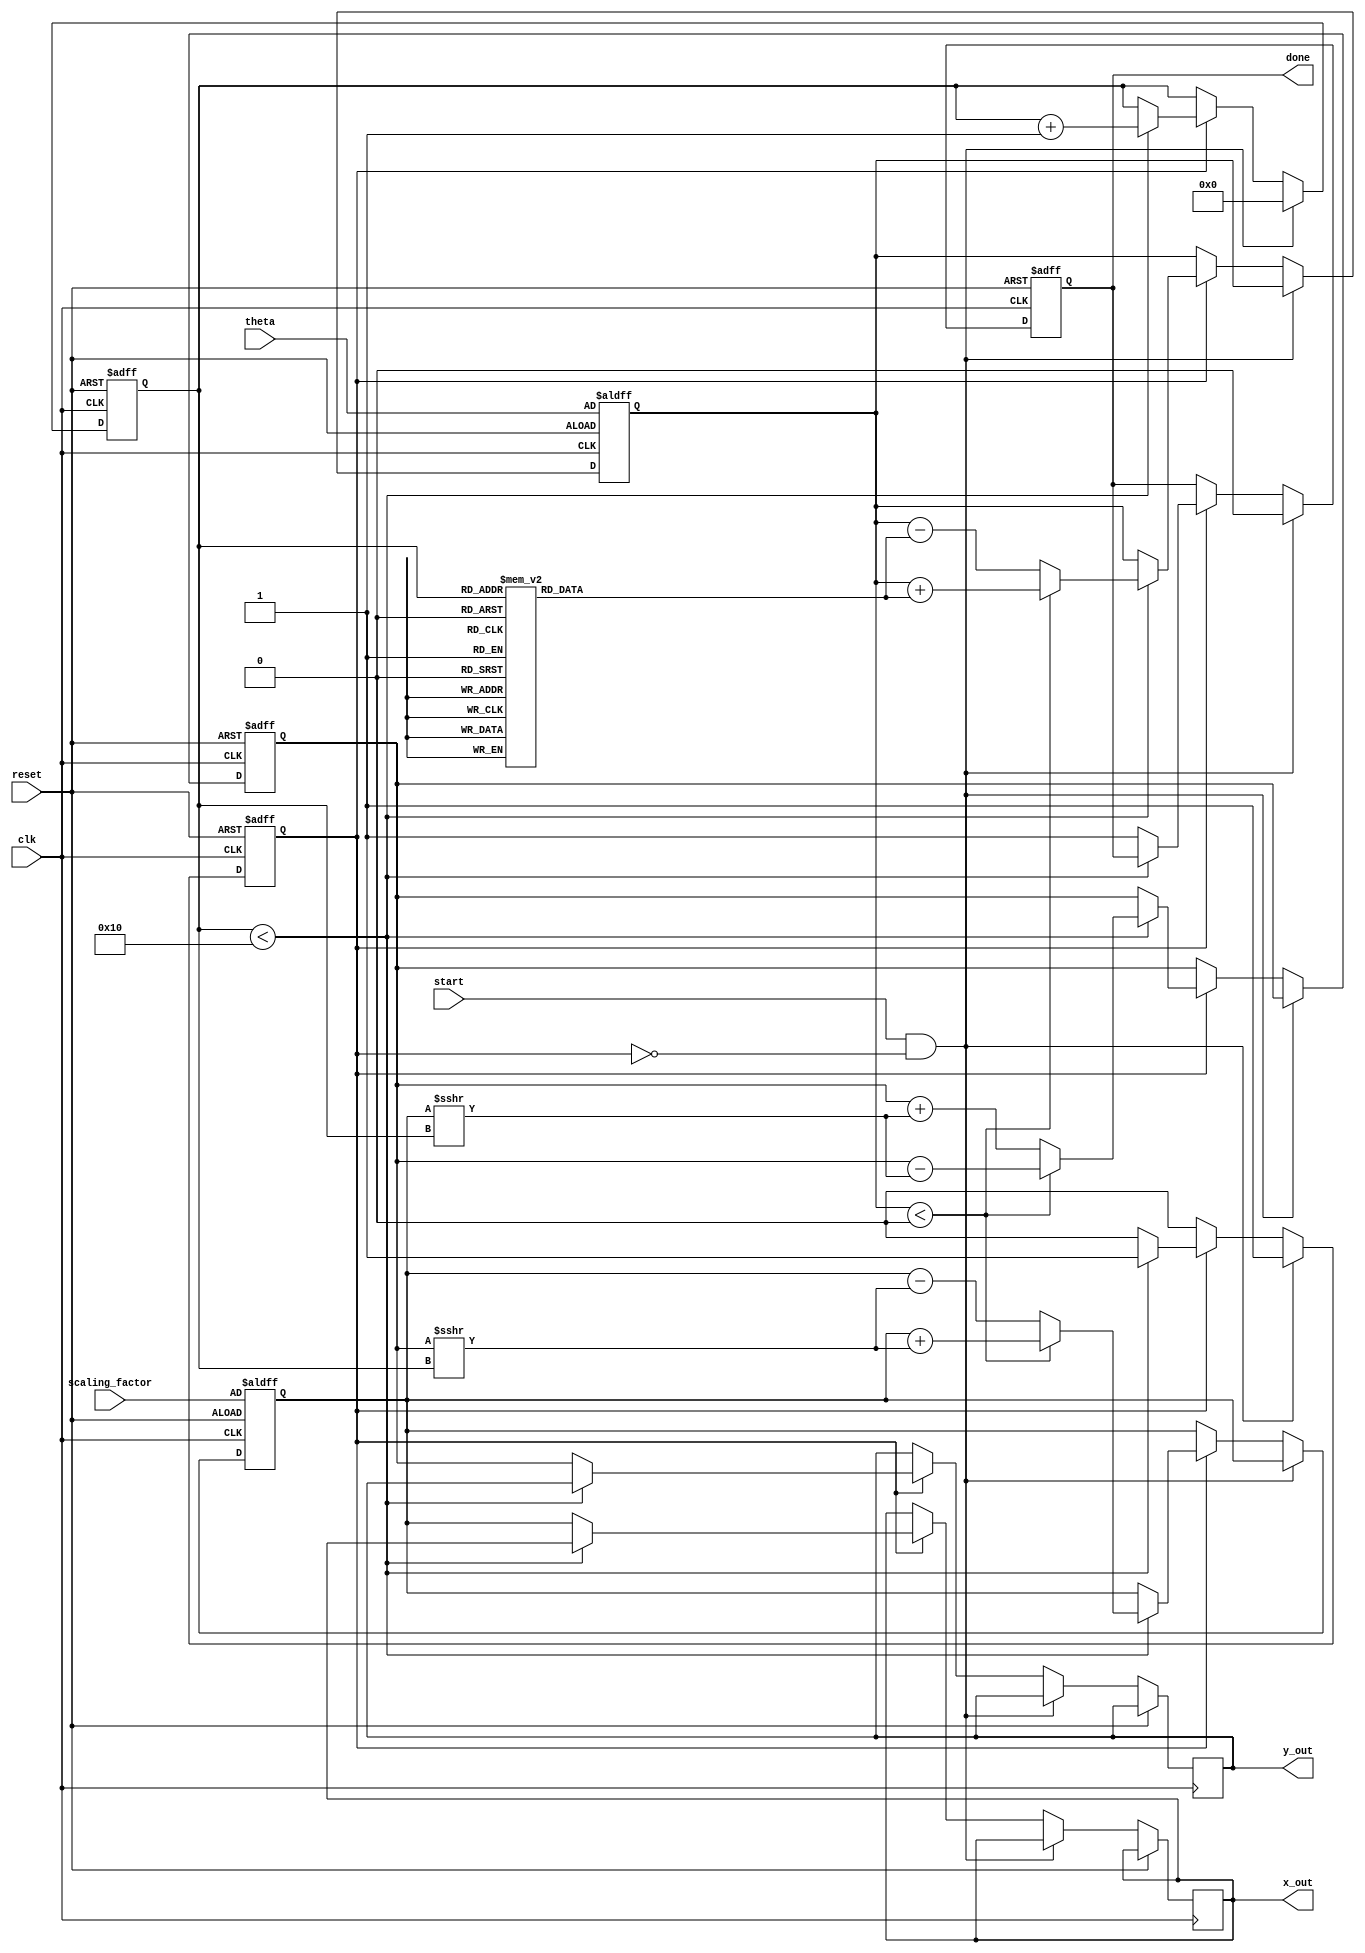
module cordic_rotational #(
    parameter N = 16, // Number of iterations
    parameter WIDTH = 16 // Bit width for fixed-point representation
)(
    input wire clk,
    input wire reset,
    input wire start,
    input wire signed [WIDTH-1:0] theta, // Input angle in radians
    input wire signed [WIDTH-1:0] scaling_factor, // Scaling factor (usually set to 1)
    output reg signed [WIDTH-1:0] x_out, // Output cosine value
    output reg signed [WIDTH-1:0] y_out, // Output sine value
    output reg done // Operation complete flag
);

    // CORDIC angle lookup table (arctan(2^-i) for i = 0 to N-1)
    reg signed [WIDTH-1:0] atan_table [0:N-1];
    initial begin
        atan_table[0] = 16'h2000; // atan(1) = 45 degrees in Q1.15
        atan_table[1] = 16'h1400; // atan(0.5) = 26.565 degrees
        atan_table[2] = 16'h0A00; // atan(0.25) = 14.036 degrees
        atan_table[3] = 16'h0500; // atan(0.125) = 7.125 degrees
        // ... Fill in the rest of the atan_table for N iterations
        // atan_table[4] = ...
        // ...
    end

    // Internal registers
    reg signed [WIDTH-1:0] x_reg;
    reg signed [WIDTH-1:0] y_reg;
    reg signed [WIDTH-1:0] z_reg; // Angle accumulator
    reg [3:0] iteration; // Iteration counter
    reg active; // Indicates if the CORDIC is active

    // CORDIC algorithm
    always @(posedge clk or posedge reset) begin
        if (reset) begin
            x_reg <= scaling_factor; // Initialize x to scaling factor
            y_reg <= 0; // Initialize y to 0
            z_reg <= theta; // Load input angle
            iteration <= 0; // Reset iteration counter
            done <= 0; // Reset done flag
            active <= 0; // Reset active flag
        end else if (start && !active) begin
            active <= 1; // Start the CORDIC operation
            iteration <= 0; // Reset iteration counter
            done <= 0; // Reset done flag
        end else if (active) begin
            if (iteration < N) begin
                // Determine direction of rotation
                if (z_reg < 0) begin
                    // Counterclockwise rotation
                    x_reg <= x_reg + (y_reg >>> iteration);
                    y_reg <= y_reg - (x_reg >>> iteration);
                    z_reg <= z_reg + atan_table[iteration];
                end else begin
                    // Clockwise rotation
                    x_reg <= x_reg - (y_reg >>> iteration);
                    y_reg <= y_reg + (x_reg >>> iteration);
                    z_reg <= z_reg - atan_table[iteration];
                end
                iteration <= iteration + 1; // Increment iteration counter
            end else begin
                // Operation complete
                x_out <= x_reg; // Output cosine
                y_out <= y_reg; // Output sine
                done <= 1; // Set done flag
                active <= 0; // Reset active flag
            end
        end
    end

endmodule